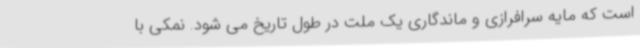
است که مایه سرافرازی و ماندگاری یک ملت در طول تاریخ می شود. نمکی با